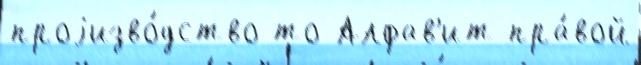
проjизво́дство то Алфав'ит пра́вой